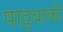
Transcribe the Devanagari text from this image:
पाट्टबाकी